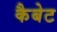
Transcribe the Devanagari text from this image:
कैबेट